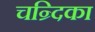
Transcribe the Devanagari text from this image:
चन्र्दिका